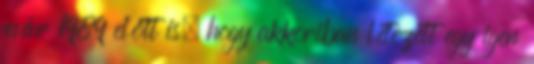
már 1989 előtt is, hogy akkoriban létezett egy igen